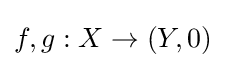
f,g:X\to (Y,0)